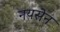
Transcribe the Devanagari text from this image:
नयसेन